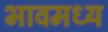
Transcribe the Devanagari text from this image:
भावमध्य